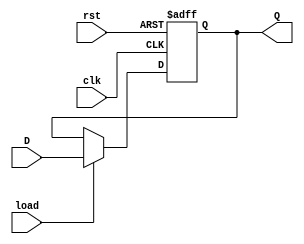
`timescale 1ns / 1ps
//////////////////////////////////////////////////////////////////////////////////
// Company: 
// Engineer: 
// 
// Design Name: 
// Module Name:    Register 
// Project Name: 
// Target Devices: 
// Tool versions: 
// Description: 
//
// Dependencies: 
//
// Revision: 
// Revision 0.01 - File Created
// Additional Comments: 
//
//////////////////////////////////////////////////////////////////////////////////
module RegisterMult
	# (parameter W = 16)
	(
		input wire clk, //system clock
		input wire rst, //system reset
		input wire load, //load signal
		input wire [W-1:0] D, //input signal
		output reg [W-1:0] Q //output signal
    );

	always @(posedge clk, posedge rst)
		if(rst)
			Q <= 0;
		else if(load)
			Q <= D;
		else
			Q <= Q;

endmodule